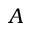
A